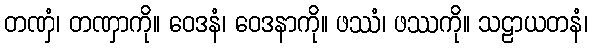
တဏှံ၊ တဏှာကို။ ဝေဒနံ၊ ဝေဒနာကို။ ဖဿံ၊ ဖဿကို။ သဠာယတနံ၊